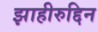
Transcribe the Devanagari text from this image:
झाहीरुद्दिन